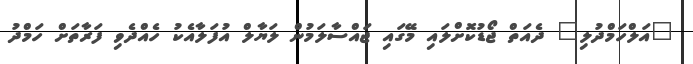
"އަލްހަމްދުލި" ދެއަތް ޖޯޑުކޮށްލައި މޭގައި ޖައްސާލަމުން ލަޔާލް އުފަލާއެކު ހެއްދެވި ފަރާތަށް ހަމްދު